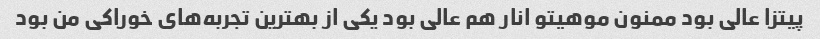
پیتزا عالی بود ممنون موهیتو انار هم عالی بود یکی از بهترین تجربه‌های خوراکی من بود